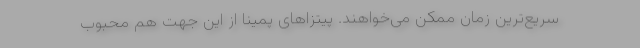
سریع‌ترین زمان ممکن می‌خواهند. پیتزاهای پمینا از این جهت هم محبوب